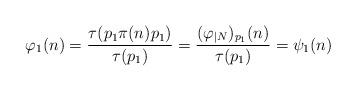
LaTeX: \begin{align*} \varphi_1(n)=\frac{\tau(p_1\pi(n)p_1)}{\tau(p_1)} =\frac{(\varphi_{|N})_{p_1}(n)}{\tau(p_1)} =\psi_1(n)\end{align*}